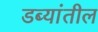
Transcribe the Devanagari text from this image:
डब्यांतील